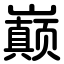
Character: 巅